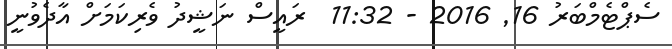
ސެޕްޓެމްބަރު 16